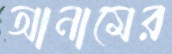
আনামের